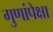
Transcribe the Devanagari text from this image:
गुणांपेक्षा